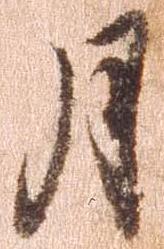
月